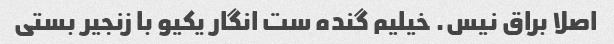
اصلا براق نیس. خیلیم گنده ست انگار یکیو با زنجیر بستی